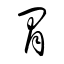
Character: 冐